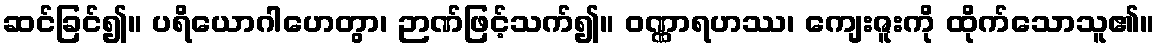
ဆင်ခြင်၍။ ပရိယောဂါဟေတွာ၊ ဉာဏ်ဖြင့်သက်၍။ ဝဏ္ဏာရဟဿ၊ ကျေးဇူးကို ထိုက်သောသူ၏။